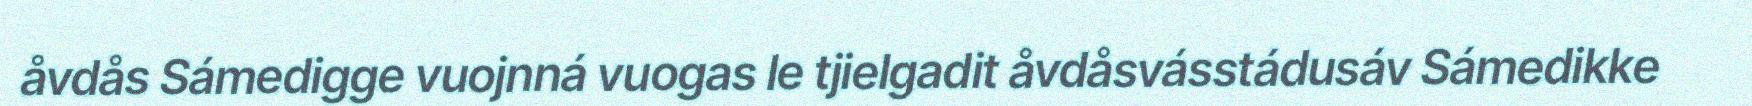
åvdås Sámedigge vuojnná vuogas le tjielgadit åvdåsvásstádusáv Sámedikke